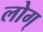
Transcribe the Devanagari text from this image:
लोग्